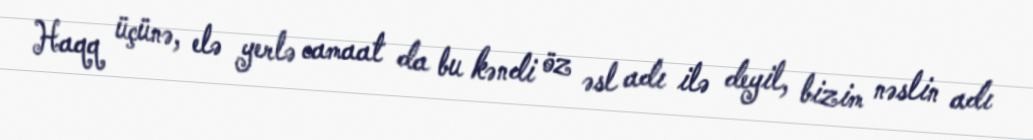
Haqq üçünə, elə yerlə camaat da bu kəndi öz əsl adı ilə deyil, bizim nəslin adı